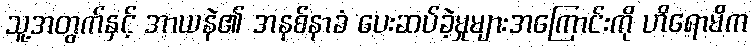
သူ့အတွက်နှင့် အာယနဲ၏ အနစ်နာခံ ပေးဆပ်ခဲ့မှုများအကြောင်းကို ဟိရောမိက